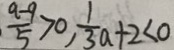
\frac { a - 9 } { 5 } > 0 , \frac { 1 } { 3 } a + 2 < 0